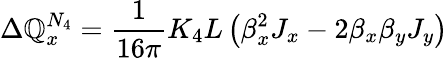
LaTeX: \Delta\mathbb{Q}_{x}^{N_{4}}=\frac{{1}}{{16\pi}}K_{4}L\left(\beta_{x}^{2}J_{x}-2\beta_{x}\beta_{y}J_{y}\right)